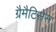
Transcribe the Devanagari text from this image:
ग्रैमैटिसेस